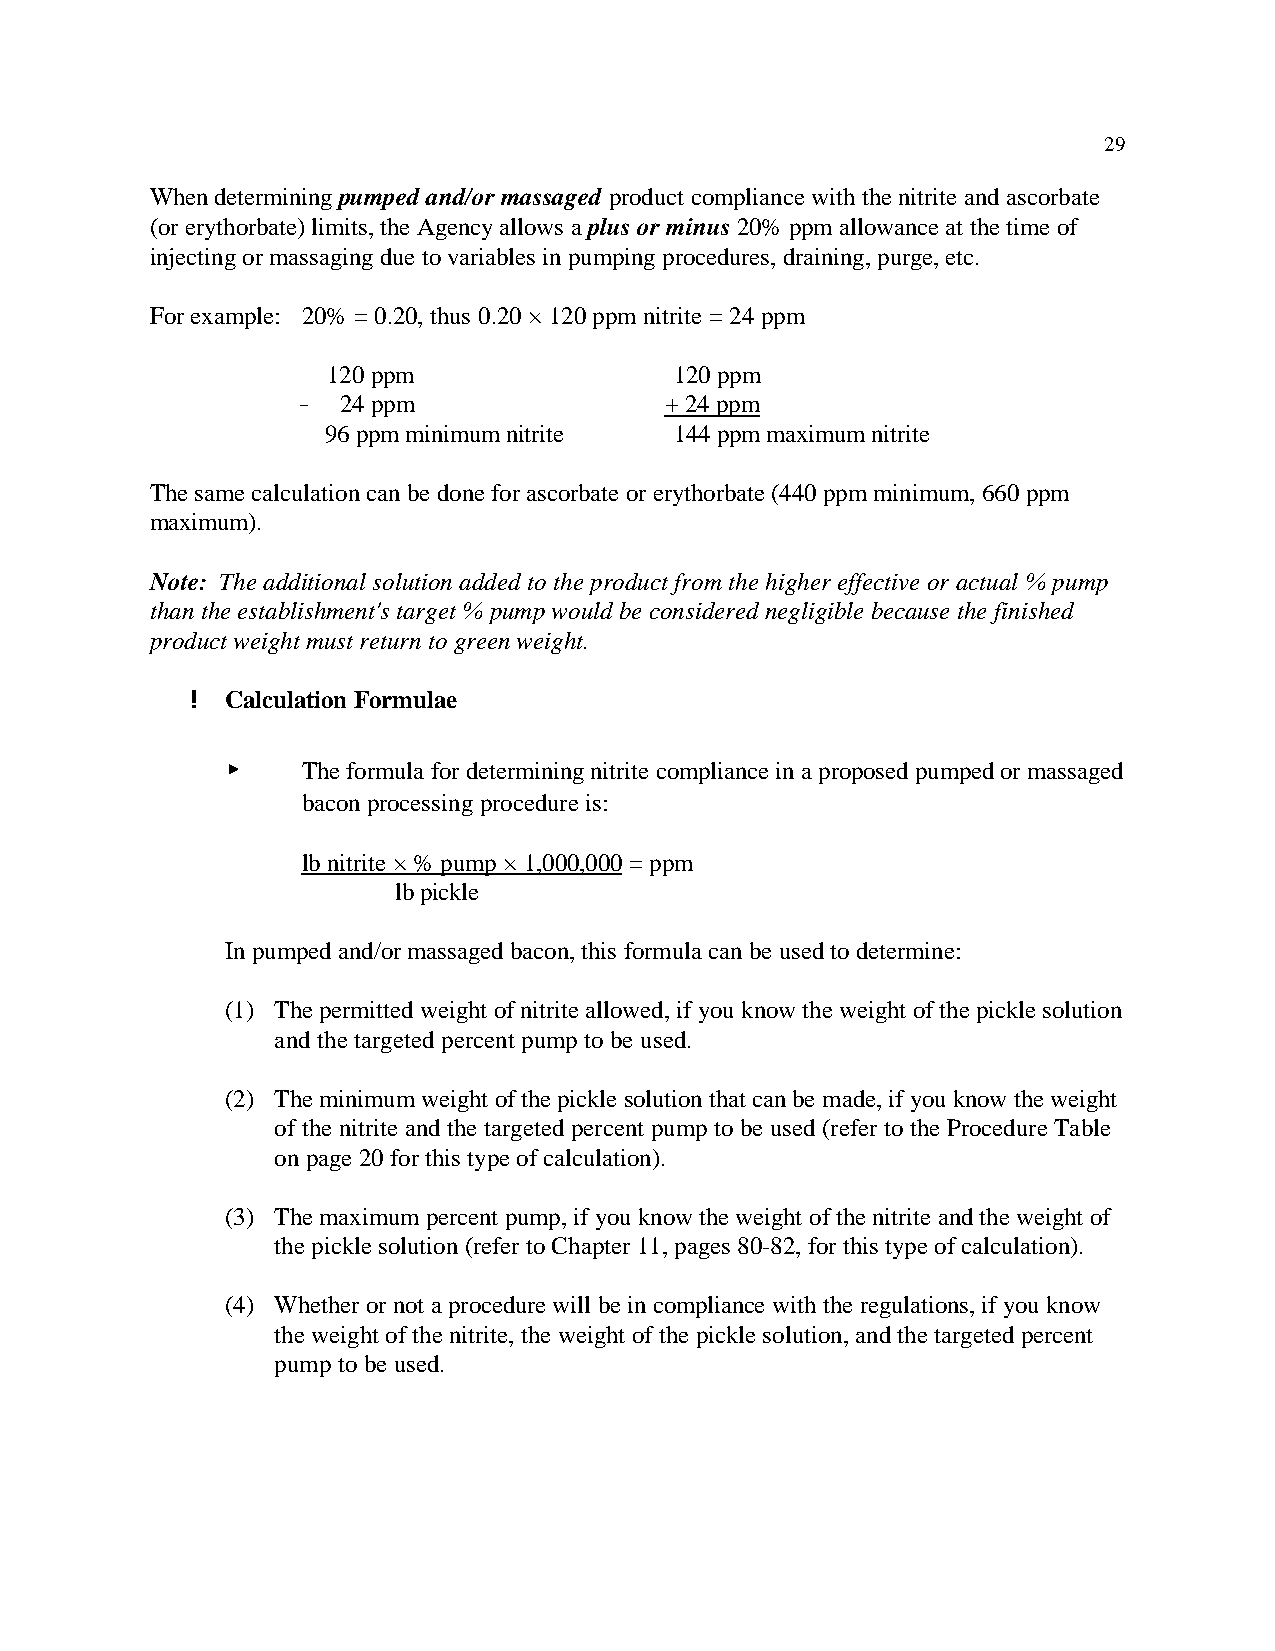
29
 When determining pumped and/or massaged product compliance with the nitrite and ascorbate
 (or erythorbate) limits, the Agency allows a plus or minus 20% ppm allowance at the time of
 injecting or massaging due to variables in pumping procedures, draining, purge, etc.
 For example: 20% = 0.20, thus 0.20 × 120 ppm nitrite = 24 ppm
 120 ppm                120 ppm
 !  24 ppm               + 24 ppm
 96 ppm minimum nitrite 144 ppm maximum nitrite
 The same calculation can be done for ascorbate or erythorbate (440 ppm minimum, 660 ppm
 maximum).
 Note: The additional solution added to the product from the higher effective or actual % pump
 than the establishment's target % pump would be considered negligible because the finished
 product weight must return to green weight.
 ! Calculation Formulae
 <    The formula for determining nitrite compliance in a proposed pumped or massaged
 bacon processing procedure is:
 lb nitrite × % pump × 1,000,000 = ppm
 lb pickle
 In pumped and/or massaged bacon, this formula can be used to determine:
 (1) The permitted weight of nitrite allowed, if you know the weight of the pickle solution
 and the targeted percent pump to be used.
 (2) The minimum weight of the pickle solution that can be made, if you know the weight
 of the nitrite and the targeted percent pump to be used (refer to the Procedure Table
 on page 20 for this type of calculation).
 (3) The maximum percent pump, if you know the weight of the nitrite and the weight of
 the pickle solution (refer to Chapter 11, pages 80-82, for this type of calculation).
 (4) Whether or not a procedure will be in compliance with the regulations, if you know
 the weight of the nitrite, the weight of the pickle solution, and the targeted percent
 pump to be used.